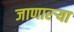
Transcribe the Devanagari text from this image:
जाणारऱ्या